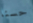
حسنا